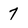
Character: 7